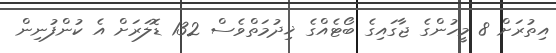
އިތުރަށް 8 މީހުންގެ ޖާގައިގެ ބޯޓެއްގެ ޚިދުމަތްވެސް 132 ޑޮލަރަށް އެ ކުންފުނިން